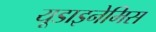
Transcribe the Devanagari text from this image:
यूडाइनेमिस